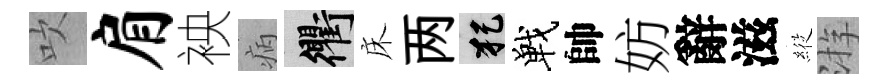
吹肩䘧病衢床两犯戰帥妨辭滋𦂵㳺